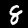
Digit: 8